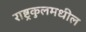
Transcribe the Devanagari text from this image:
राष्ट्रकुलमधील